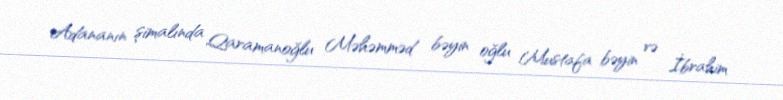
Adananın şimalında Qaramanoğlu Məhəmməd bəyin oğlu Mustafa bəyin və İbrahim